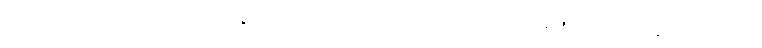
ဤသို့။ သုဏာတိ၊ ကြား၏။ တဿ၊ ထိုပုဂ္ဂိုလ်သည်အား။ ဧဝံ၊ ဤသို့အကြံသည်။